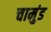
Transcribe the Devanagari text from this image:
चामुंड